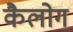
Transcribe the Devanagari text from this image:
कैलोग